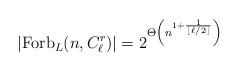
LaTeX: \begin{align*} |\mathrm{Forb}_L(n, C^r_{\ell})|=2^{\Theta\left(n^{1+\frac{1}{\lfloor \ell/2 \rfloor}}\right)} \end{align*}